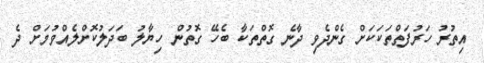
އިތުރު ހަރުފަތްތަކަކަށް ގެންދެވި ދާނެ ގޮތްތަކާ ބެހޭ ގޮތުން ހިޔާލު ބަދަލުކޮށްލެއްވުމަށް ދެ